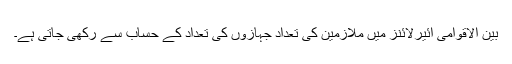
بین الاقوامی ائیرلائنز میں ملازمین کی تعداد جہازوں کی تعداد کے حساب سے رکھی جاتی ہے۔